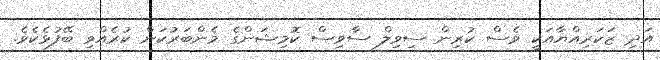
އަދި ޒަކަރިއްޔާއަކީ ވެސް ކުރިން ސިވިލް ސާވިސް ކޮމިޝަންގެ މެންބަރުކަން ކުރެއްވި ބޭފުޅެކެވެ.